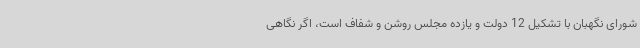
شورای نگهبان با تشکیل 12 دولت و یازده مجلس روشن و شفاف است، اگر نگاهی